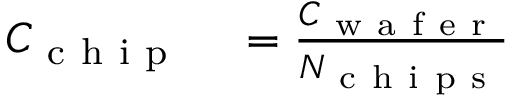
\begin{array} { r l } { C _ { \mathrm { ~ c ~ h ~ i ~ p ~ } } } & { { } = \frac { C _ { \mathrm { ~ w ~ a ~ f ~ e ~ r ~ } } } { N _ { \mathrm { ~ c ~ h ~ i ~ p ~ s ~ } } } } \end{array}